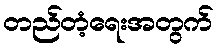
တည်တံ့ရေးအတွက်